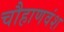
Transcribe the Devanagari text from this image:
चौहाणवंश